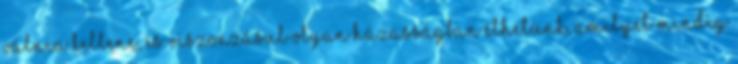
válnia kellene, és viszonzásul olyan házasságban élhetünk, amilyet mindig